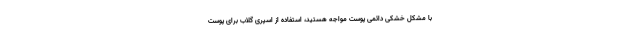
با مشکل خشکی دائمی پوست مواجه هستید، استفاده از اسپری گلاب برای پوست